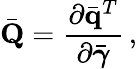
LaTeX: \bar{\mathbf Q}=\frac{\partial\bar{\mathbf q}^{T}}{\partial\bar{\boldsymbol{\gamma}}}\, ,